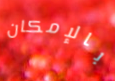
بالإمكان